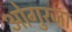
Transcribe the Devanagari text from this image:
ओगुरजा